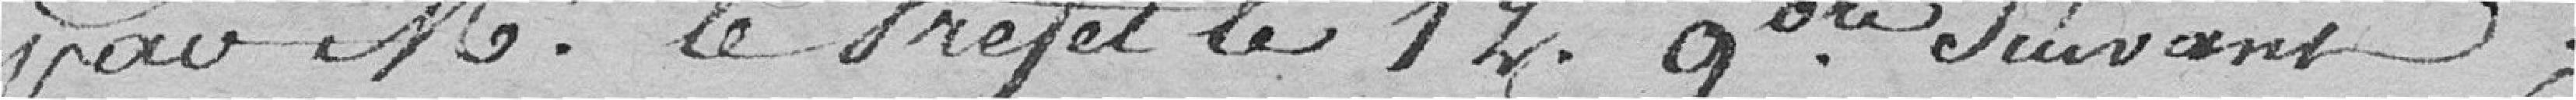
par M. le Préfet le 12. novembre suivant ;